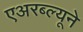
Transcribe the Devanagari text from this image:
एअरब्ल्यूने